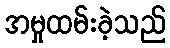
အမှုထမ်းခဲ့သည်